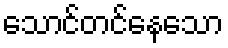
သောင်တင်နေသော